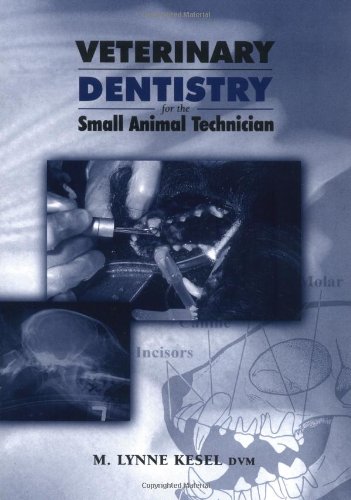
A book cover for Veterinary Dentistry for the Small Animal Technician; M. Lynne Kesel; Medical Books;